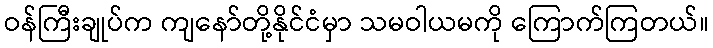
ဝန်ကြီးချုပ်က ကျနော်တို့နိုင်ငံမှာ သမဝါယမကို ကြောက်ကြတယ်။